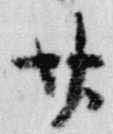
廿